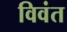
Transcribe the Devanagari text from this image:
विवंत